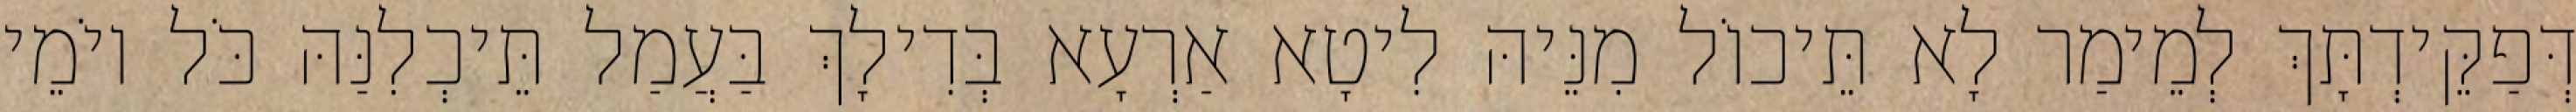
דְּפַקֵּידְתָּךְ לְמֵימַר לָא תֵּיכוֹל מִנֵּיהּ לִיטָא אַרְעָא בְּדִילָךְ בַּעֲמַל תֵּיכְלִנַּהּ כֹּל יוֹמֵי